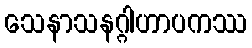
သေနာသနဂ္ဂါဟာပကဿ